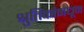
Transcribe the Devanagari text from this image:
श्रुतिकांमधून